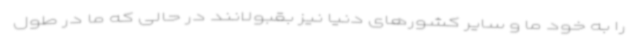
را به خود ما و سایر کشورهای دنیا نیز بقبولانند در حالی که ما در طول